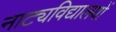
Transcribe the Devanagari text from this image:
नाट्यविद्यालयों